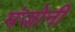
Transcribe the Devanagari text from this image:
मंजोनी